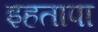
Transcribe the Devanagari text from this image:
इहतापा